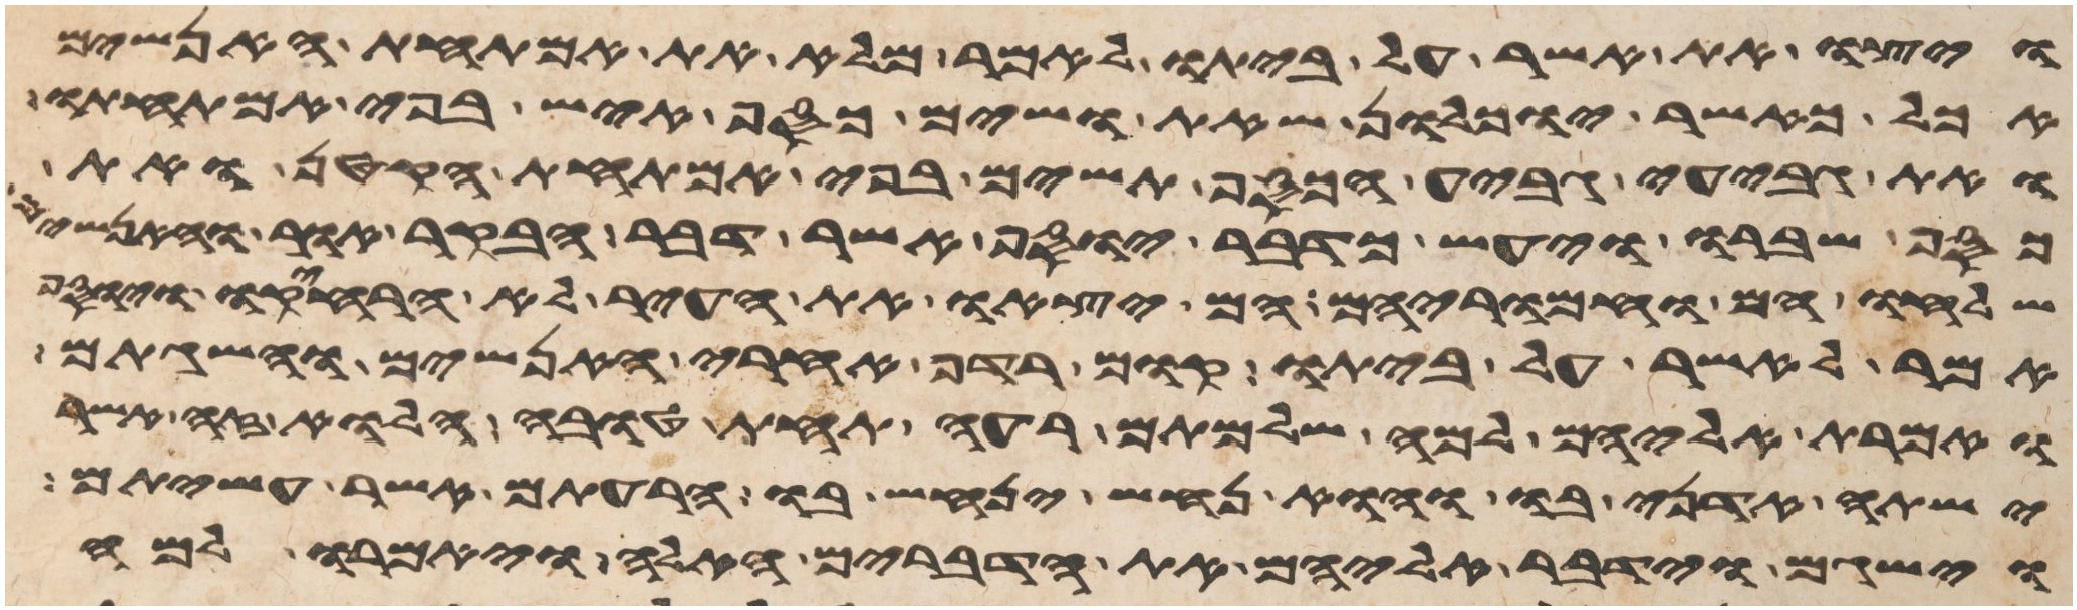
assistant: ויצו את אשר על ביתו לאמר מלא את אמתחת האנשים
אכל כאשר יוכלון שאת ושים כסף איש בפי אמתחתו
ואת גביע גביע הכסף תשים בפי אמתחת הקטן ואת
כסף שברו ויעש כדבר יוסף אשר דבר הבקר אור והאנשים
שלחו הם וחמריהם הם יצאו את העיר לא הרחיקו ויוסף
אמר לאשר על ביתו קום רדף אחרי האנשים והשגתם
ואמרת אליהם למה שלמתם רעה תחת טובה הלוא זה אשר
ישתה אדני בו והוא נחש ינחש בו הרעתם אשר עשיתם
וישגם וידבר אליהם את הדברים האלה ויאמרו למה